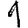
Digit: 1